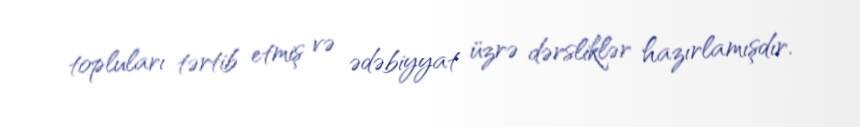
topluları tərtib etmiş və ədəbiyyat üzrə dərsliklər hazırlamışdır.